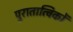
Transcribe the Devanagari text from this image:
पुरातात्विकों